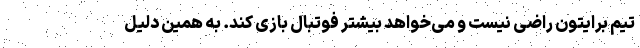
تیم برایتون راضی نیست و می‌خواهد بیشتر فوتبال بازی کند. به همین دلیل